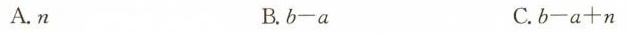
A.n B.b-a C.b-a+n